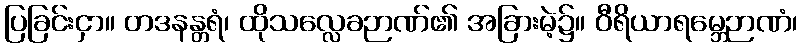
ပြခြင်းငှာ။ တဒနန္တရံ၊ ထိုသလ္လေခဉာဏ်၏ အခြားမဲ့၌။ ဝီရိယာရမ္ဘေဉာဏံ၊